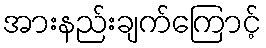
အားနည်းချက်ကြောင့်